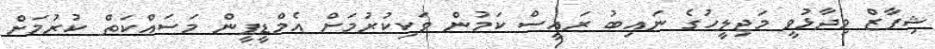
ޝިފާޒް ވިދާޅުވީ މަޖިލީހުގެ ނައިބު ރައީސް ކަމުން ވަކިކުރުމަށް އެމްޑީޕީން މަސައްކަތް ކުރުމަށް